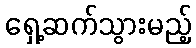
ရှေ့ဆက်သွားမည့်